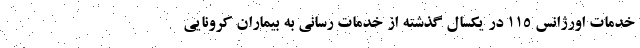
خدمات اورژانس ۱۱۵ در یکسال گذشته از خدمات رسانی به بیماران کرونایی